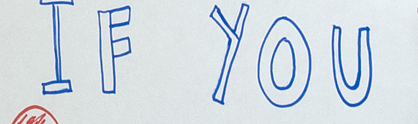
IF YOU